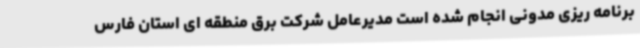
برنامه ریزی مدونی انجام شده است مدیرعامل شرکت برق منطقه ای استان فارس